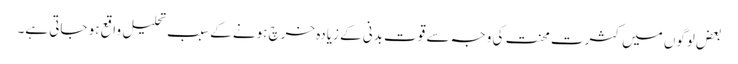
بعض لوگوں میں کثرتِ محنت کی وجہ سے قوت بدنی کے زیادہ خرچ ہونے کے سبب تحلیل واقع ہو جاتی ہے۔